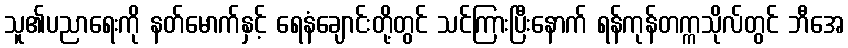
သူ၏ပညာရေးကို နတ်မောက်နှင့် ရေနံချောင်းတို့တွင် သင်ကြားပြီးနောက် ရန်ကုန်တက္ကသိုလ်တွင် ဘီအေ